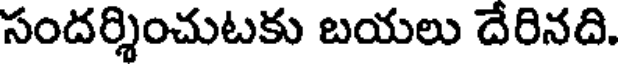
సందర్శించుటకు బయలు దేరినది.